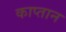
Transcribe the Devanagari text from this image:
काप्तान